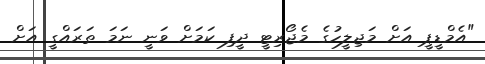
"އެމްޑީޕީ އަށް މަޖިލީހުގެ މެޖޯރިޓީ ދީފި ކަމަށް ވަނީ ނަމަ ތަރައްގީ އަށް